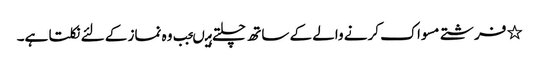
٭ فرشتے مسواک کرنے والے کے ساتھ چلتے ہیںجب وہ نماز کے لئے نکلتا ہے۔